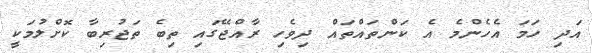
އަދި ހަމަ އެހެންމެ އެ ކަންްތައްތައް ދިވެހި ރާއްޖޭގައި ތިބެ ތަޖުރިބާ ކޮށްލުމަކީ